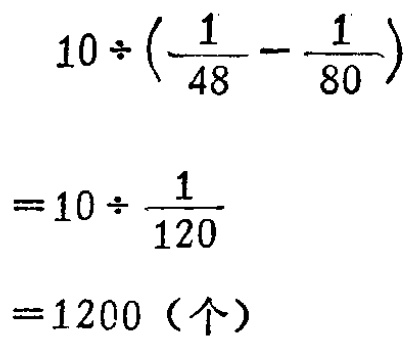
\[
\begin{align*}
&10\div(\frac{1}{48}-\frac{1}{80})\\
=&10\div\frac{1}{120}\\
=&1200 (\text{个})
\end{align*}
\]